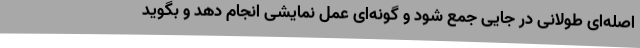
اصله‌ای طولانی در جایی جمع شود و گونه‌ای عمل نمایشی انجام دهد و بگوید